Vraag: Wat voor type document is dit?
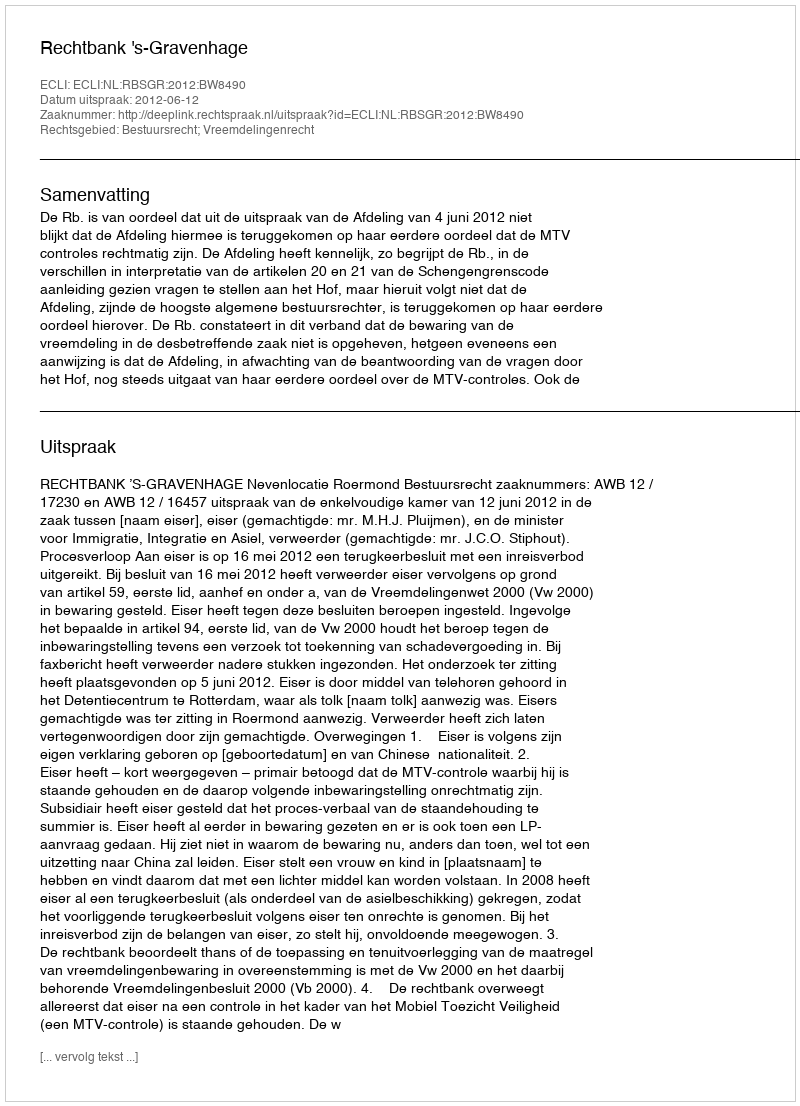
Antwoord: Uitspraak